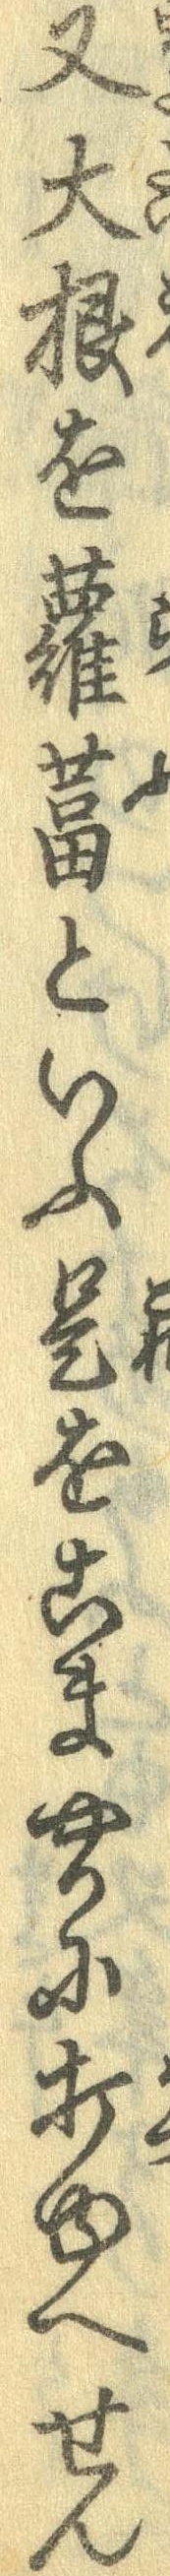
又大根を羅葍といふ是をこまやかに打ゆへせん